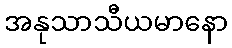
အနုသာသီယမာနော